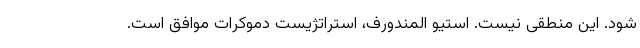
شود. این منطقی نیست. استیو المندورف، استراتژیست دموکرات موافق است.